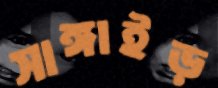
সাঙ্গাইড়